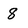
Character: 8